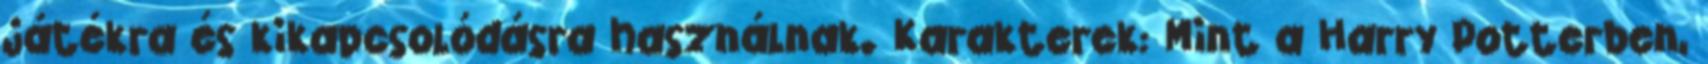
játékra és kikapcsolódásra használnak. Karakterek: Mint a Harry Potterben,